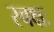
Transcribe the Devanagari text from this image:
स्वक्षः